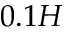
0 . 1 H